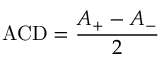
\mathrm { A C D } = \frac { A _ { + } - A _ { - } } { 2 }